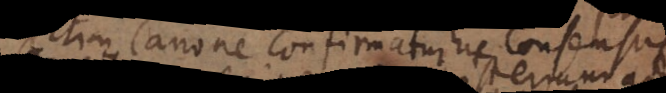
statim Canone confirmatur hic consensus